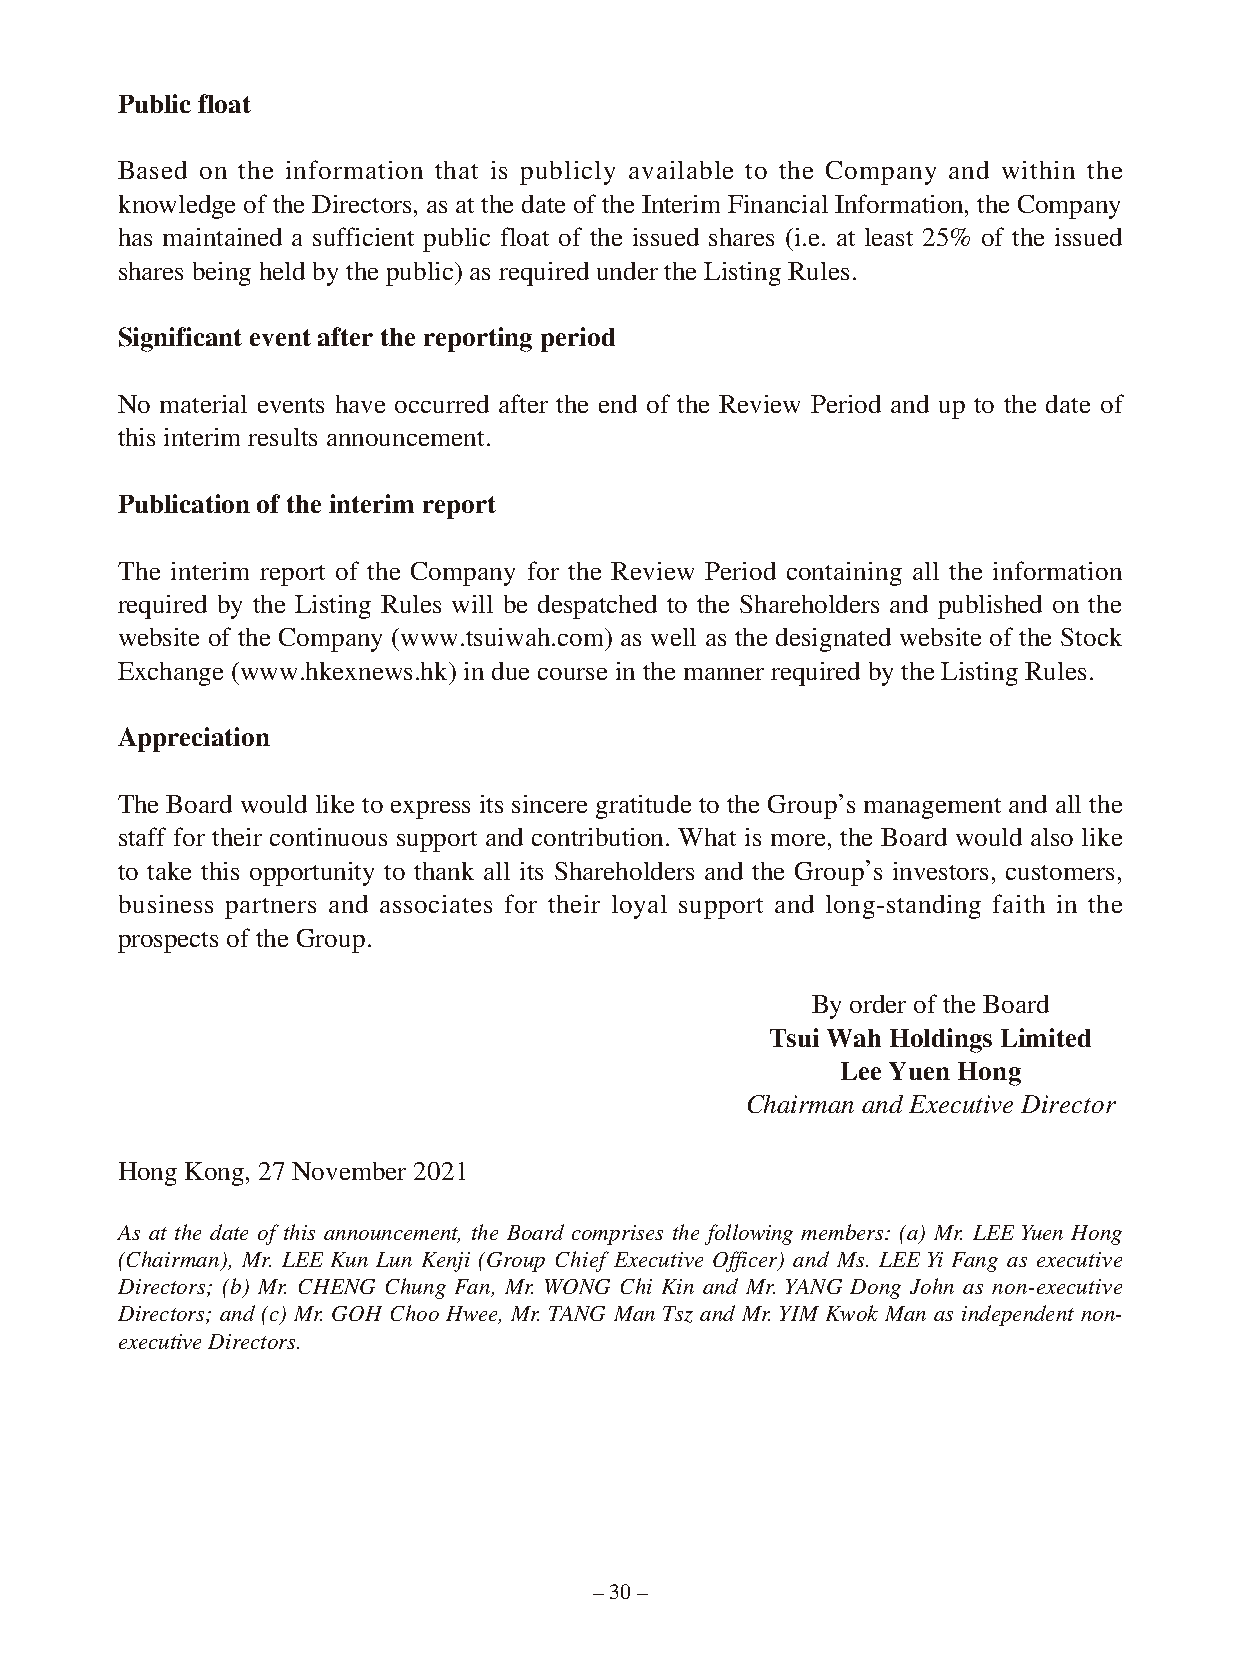
Public float
 Based on the information that is publicly available to the Company and within the
 knowledge of the Directors, as at the date of the Interim Financial Information, the Company
 has maintained a sufficient public float of the issued shares (i.e. at least 25% of the issued
 shares being held by the public) as required under the Listing Rules.
 Significant event after the reporting period
 No material events have occurred after the end of the Review Period and up to the date of
 this interim results announcement.
 Publication of the interim report
 The interim report of the Company for the Review Period containing all the information
 required by the Listing Rules will be despatched to the Shareholders and published on the
 website of the Company (www.tsuiwah.com) as well as the designated website of the Stock
 Exchange (www.hkexnews.hk) in due course in the manner required by the Listing Rules.
 Appreciation
 The Board would like to express its sincere gratitude to the Group’s management and all the
 staff for their continuous support and contribution. What is more, the Board would also like
 to take this opportunity to thank all its Shareholders and the Group’s investors, customers,
 business partners and associates for their loyal support and long-standing faith in the
 prospects of the Group.
 By order of the Board
 Tsui Wah Holdings Limited
 Lee Yuen Hong
 Chairman and Executive Director
 Hong Kong, 27 November 2021
 As at the date of this announcement, the Board comprises the following members: (a) Mr. LEE Yuen Hong
 (Chairman), Mr. LEE Kun Lun Kenji (Group Chief Executive Officer) and Ms. LEE Yi Fang as executive
 Directors; (b) Mr. CHENG Chung Fan, Mr. WONG Chi Kin and Mr. YANG Dong John as non-executive
 Directors; and (c) Mr. GOH Choo Hwee, Mr. TANG Man Tsz and Mr. YIM Kwok Man as independent non-
 executive Directors.
 – 30 –